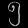
Digit: ၅